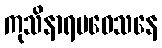
ကုသိနာရပဝေသနေ